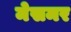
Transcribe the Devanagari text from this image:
मेसमर